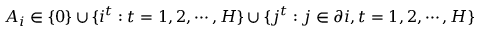
A _ { i } \in \{ 0 \} \cup \{ i ^ { t } : t = 1 , 2 , \cdots , H \} \cup \{ j ^ { t } : j \in \partial i , t = 1 , 2 , \cdots , H \}